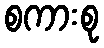
စကားစု